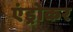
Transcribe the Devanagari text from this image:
एंड्रोकर